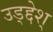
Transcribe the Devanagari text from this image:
उड्द्देश्